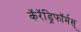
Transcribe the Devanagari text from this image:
कॅरॅड्रिफॉर्मस्